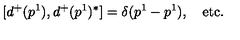
[ d ^ { + } ( p ^ { 1 } ) , d ^ { + } ( p ^ { 1 } ) ^ { * } ] = \delta ( p ^ { 1 } - p ^ { 1 } ) , \quad \mathrm { e t c . }